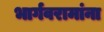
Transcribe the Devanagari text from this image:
भार्गवरामांना